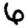
Digit: 6